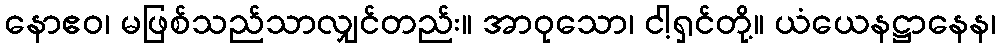
နောဧဝ၊ မဖြစ်သည်သာလျှင်တည်း။ အာဝုသော၊ ငါ့ရှင်တို့။ ယံယေနဋ္ဌာနေန၊